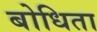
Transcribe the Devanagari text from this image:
बोधिता